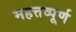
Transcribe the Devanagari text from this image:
महत्तव्पूर्ण